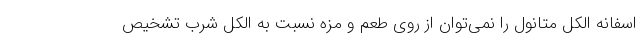
اسفانه الکل متانول را نمی‌توان از روی طعم و مزه نسبت به الکل شرب تشخیص